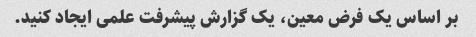
بر اساس یک فرض معین، یک گزارش پیشرفت علمی ایجاد کنید.